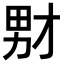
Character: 𪟞